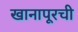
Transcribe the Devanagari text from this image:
खानापूरची